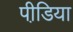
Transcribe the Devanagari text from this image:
पीडि़या